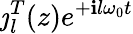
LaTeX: \jmath_{l}^{T}(z)e^{+\mathbf{i}l\omega_{0}t}